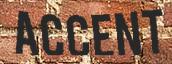
ACCENT